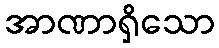
အာဏာရှိသော